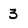
Character: 3